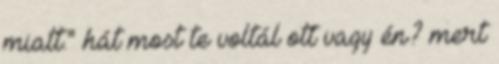
miatt." hát most te voltál ott vagy én? mert